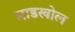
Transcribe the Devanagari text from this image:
माडखोल